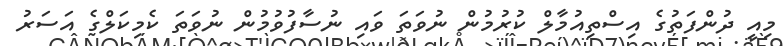
މިއީ ދުންފަތުގެ އިސްތިއުމާލް ކުރުމުން ނުވަތަ ވައި ނުސާފުވުމުން ނުވަތަ ކެމިކަލްގެ އަސަރު